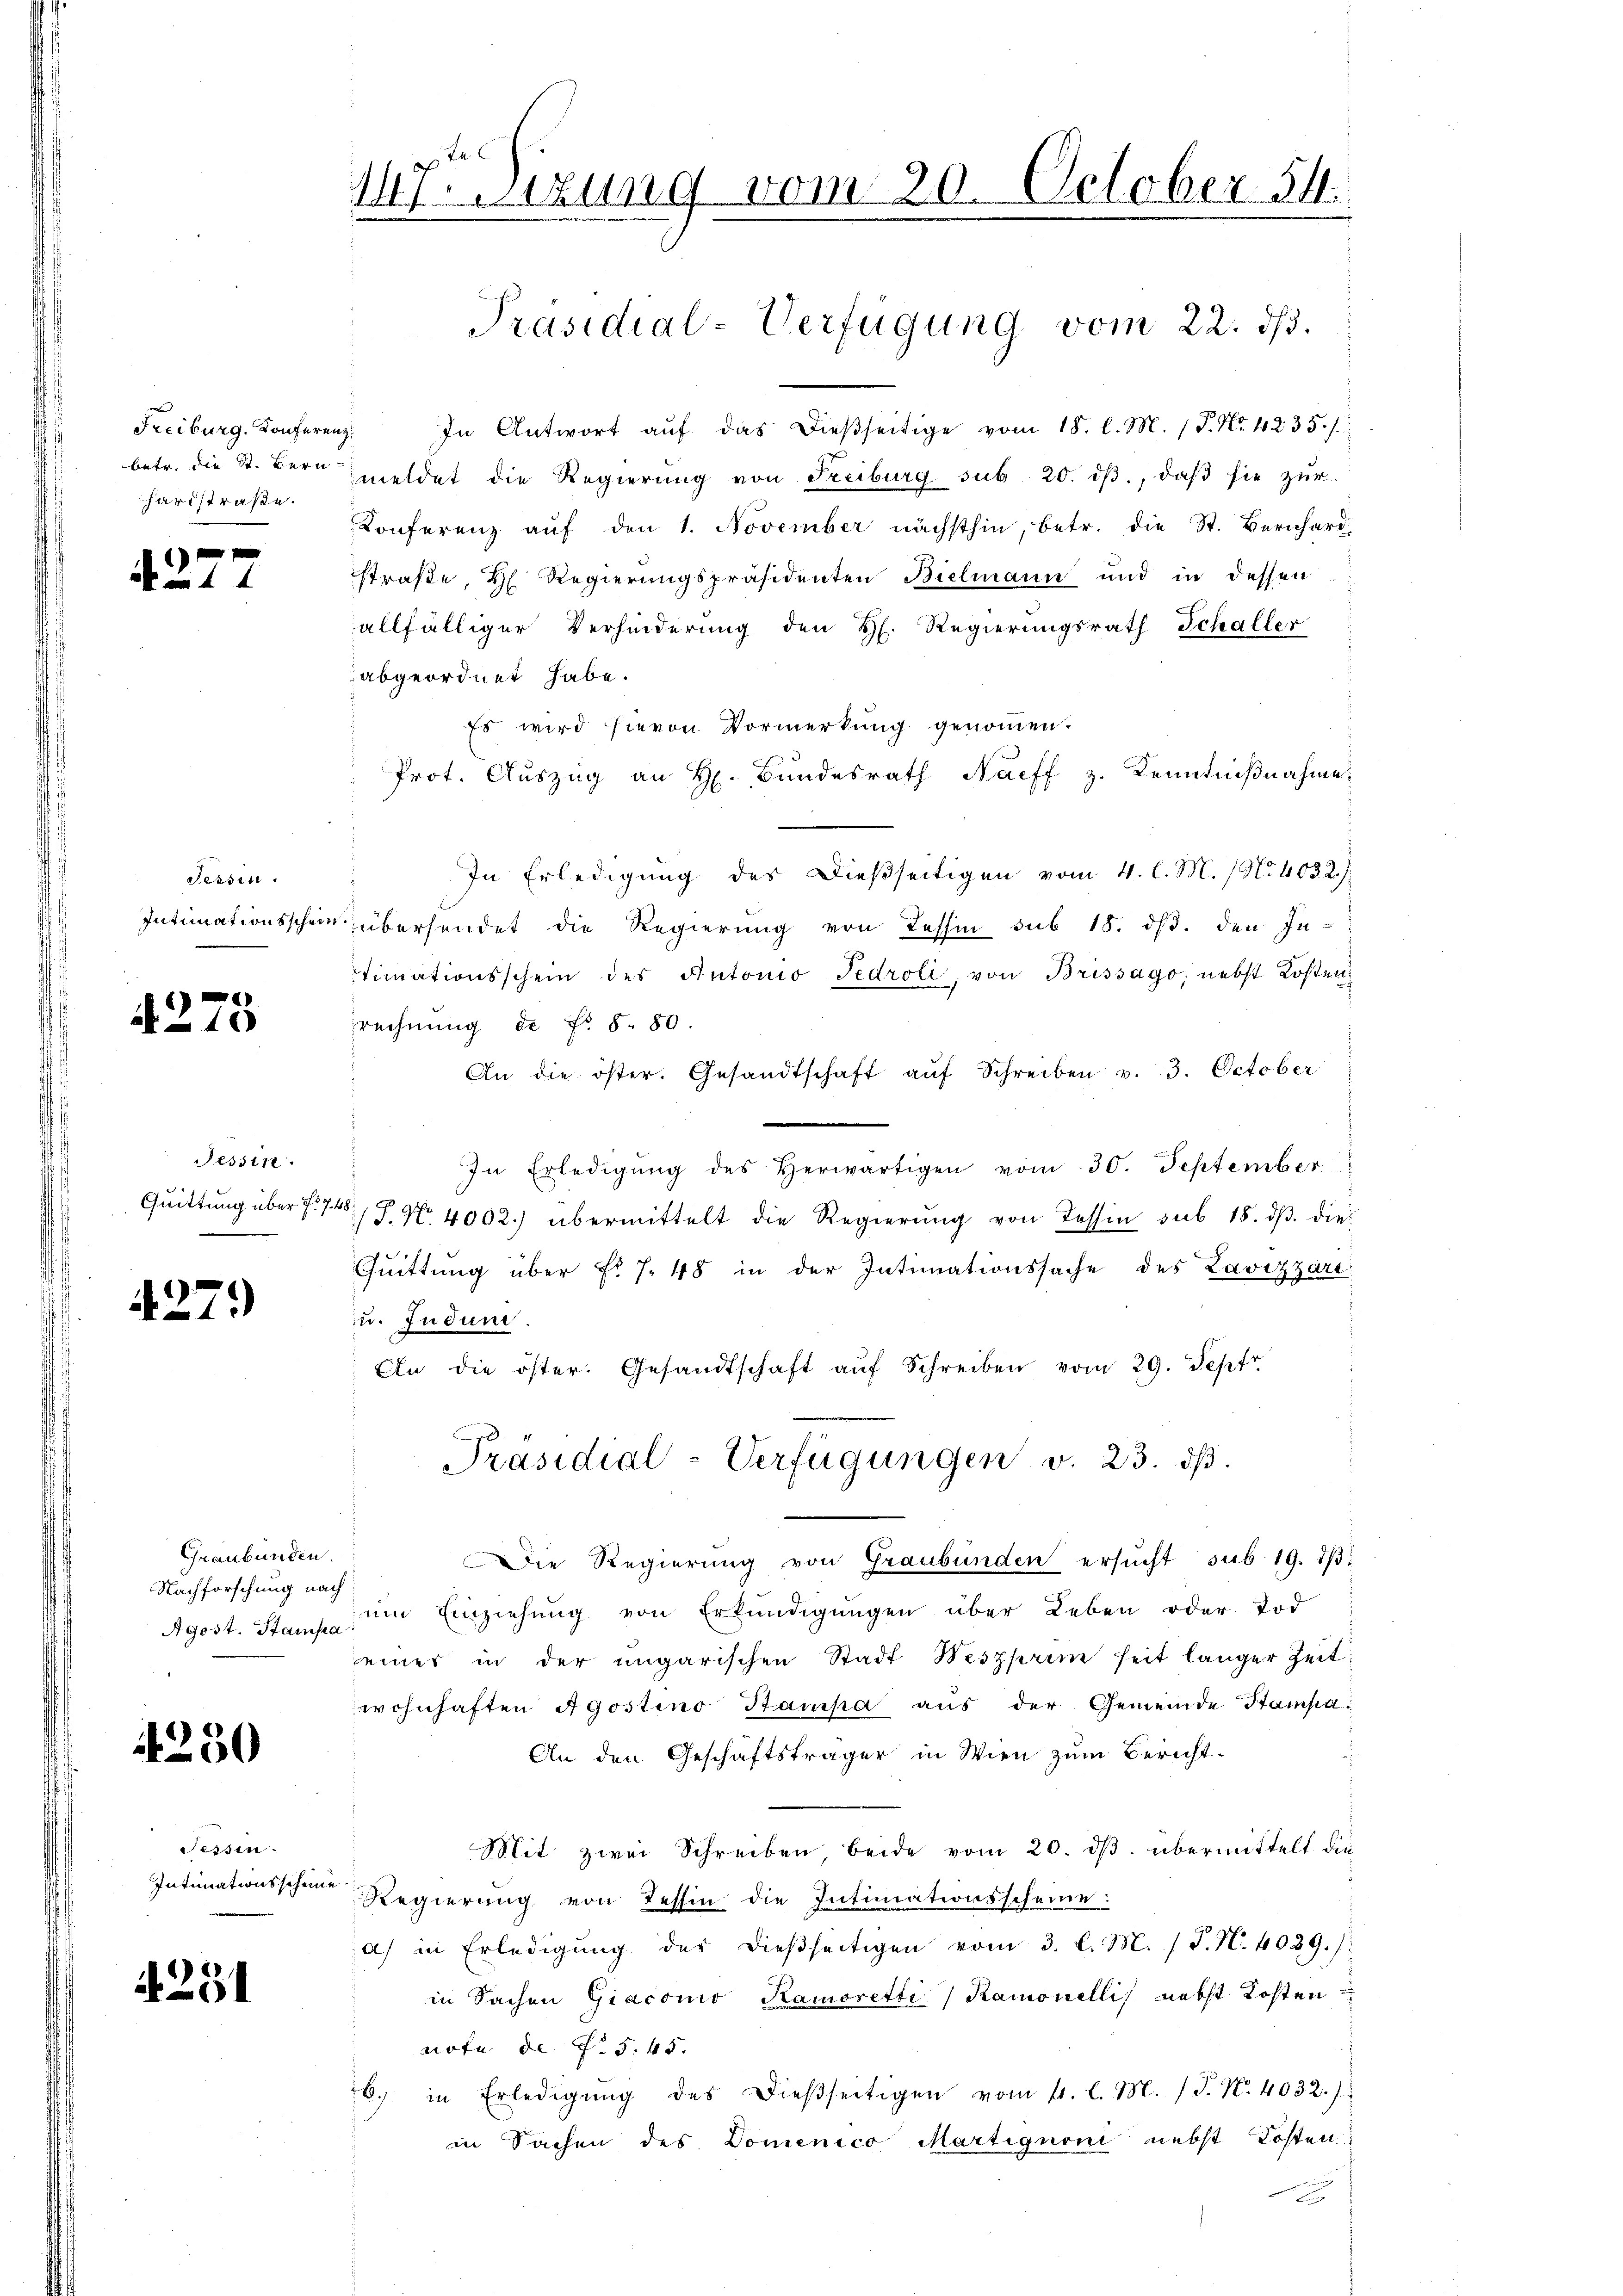
Freiburg. Konferenz
betr. die St. Bern-
hardstraße.

1

2

Fessen.

275

Tessin.

4279)

Graubünden.
Nachforschung nach

1230

Tessin.
Intimationsscheine

4291

147. Sitzung vom 20. October 54.
Präsidial-Verfügung vom 22. ds.

In Antwort aŭf das dieβseitige vom 18. l. M. (T. No. 4235./:
meldet die Regierung von Freiburg sub 20. dβ, daβ sie zŭr
Konferenz auf den 1. November nächsthin, betr. die St. Bernhard-
straße, H. Regierungspräsidenten Bielmann und in dessen
allfälliger Verhinderung den H. Regierungsrath Schaller
abgeordnet habe.
Es wird hievon Vormerkung genommen.
 Prot. Auszug an H. Bundesrath Naeff z. Kenntnißnahme.
In Erledigung des Dießseitigen vom 4. l. M. (N. 403. 2.
Intimationsschein übersendet die Regierŭng von Tessin sub 18. dβ. den In-
timationsschein des Antonio Fedroli, von Brissago, nebst Kostenrechnung de No. 5. 80.
An die öster. Gesandtschaft aŭf Schreiben v. 3. October
In Erledigŭng des herwärtigen vom 30. September
Quittung über §. 7. No. 4002) übermittelt die Regierŭng von Tessin sub 18. dβ. die¬
Quittung über Nr 7. 48 in der Intimationssache des Lavizzari
u. Jndung.
An die öster. Gesandtschaft aŭf Schreiben vom 29. Sept.
Präsidial-Verfügungen v. 23. dβ.
Die Regierŭng von Graubünden ersŭcht sub. 19. dβ.
Agost. Stand um Einziehung von Erkundigungen über Leben oder Tod
eines in der ungarischen Stadt Neszparm heit länger Zeit:
wohnhaften Agostino Stampa aus der Gemeinde Stampa¬
An den Geschäftsträger in Wien zum Bericht¬
Mit zwei Schreiben, beide vom 20. ds. übermittelt die¬
Regierung von Tessin die Intimationsscheine:
a) in Erledigŭng des dießseitigen vom 3. l. M. / P. N. 4029. /:
in Sachen Giacono Kamoretti) Ramonelli, nebst Kosten
note de f. S. 45.
6. in Erledigŭng des dieβseitigen vom 11. l. M. / P. Nr. 4032.)
in Sachen des Domenico Martignoni nebst Kosten
u